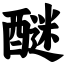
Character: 醚